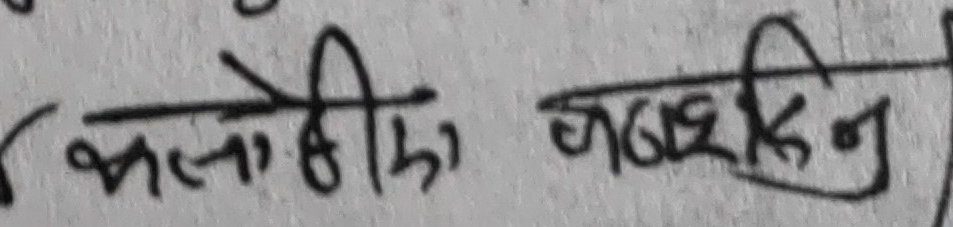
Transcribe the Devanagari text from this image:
भलोकी, जन्मदिन